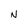
Character: N